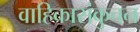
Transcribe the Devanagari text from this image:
वाहिकासंकुचन